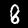
Digit: 8